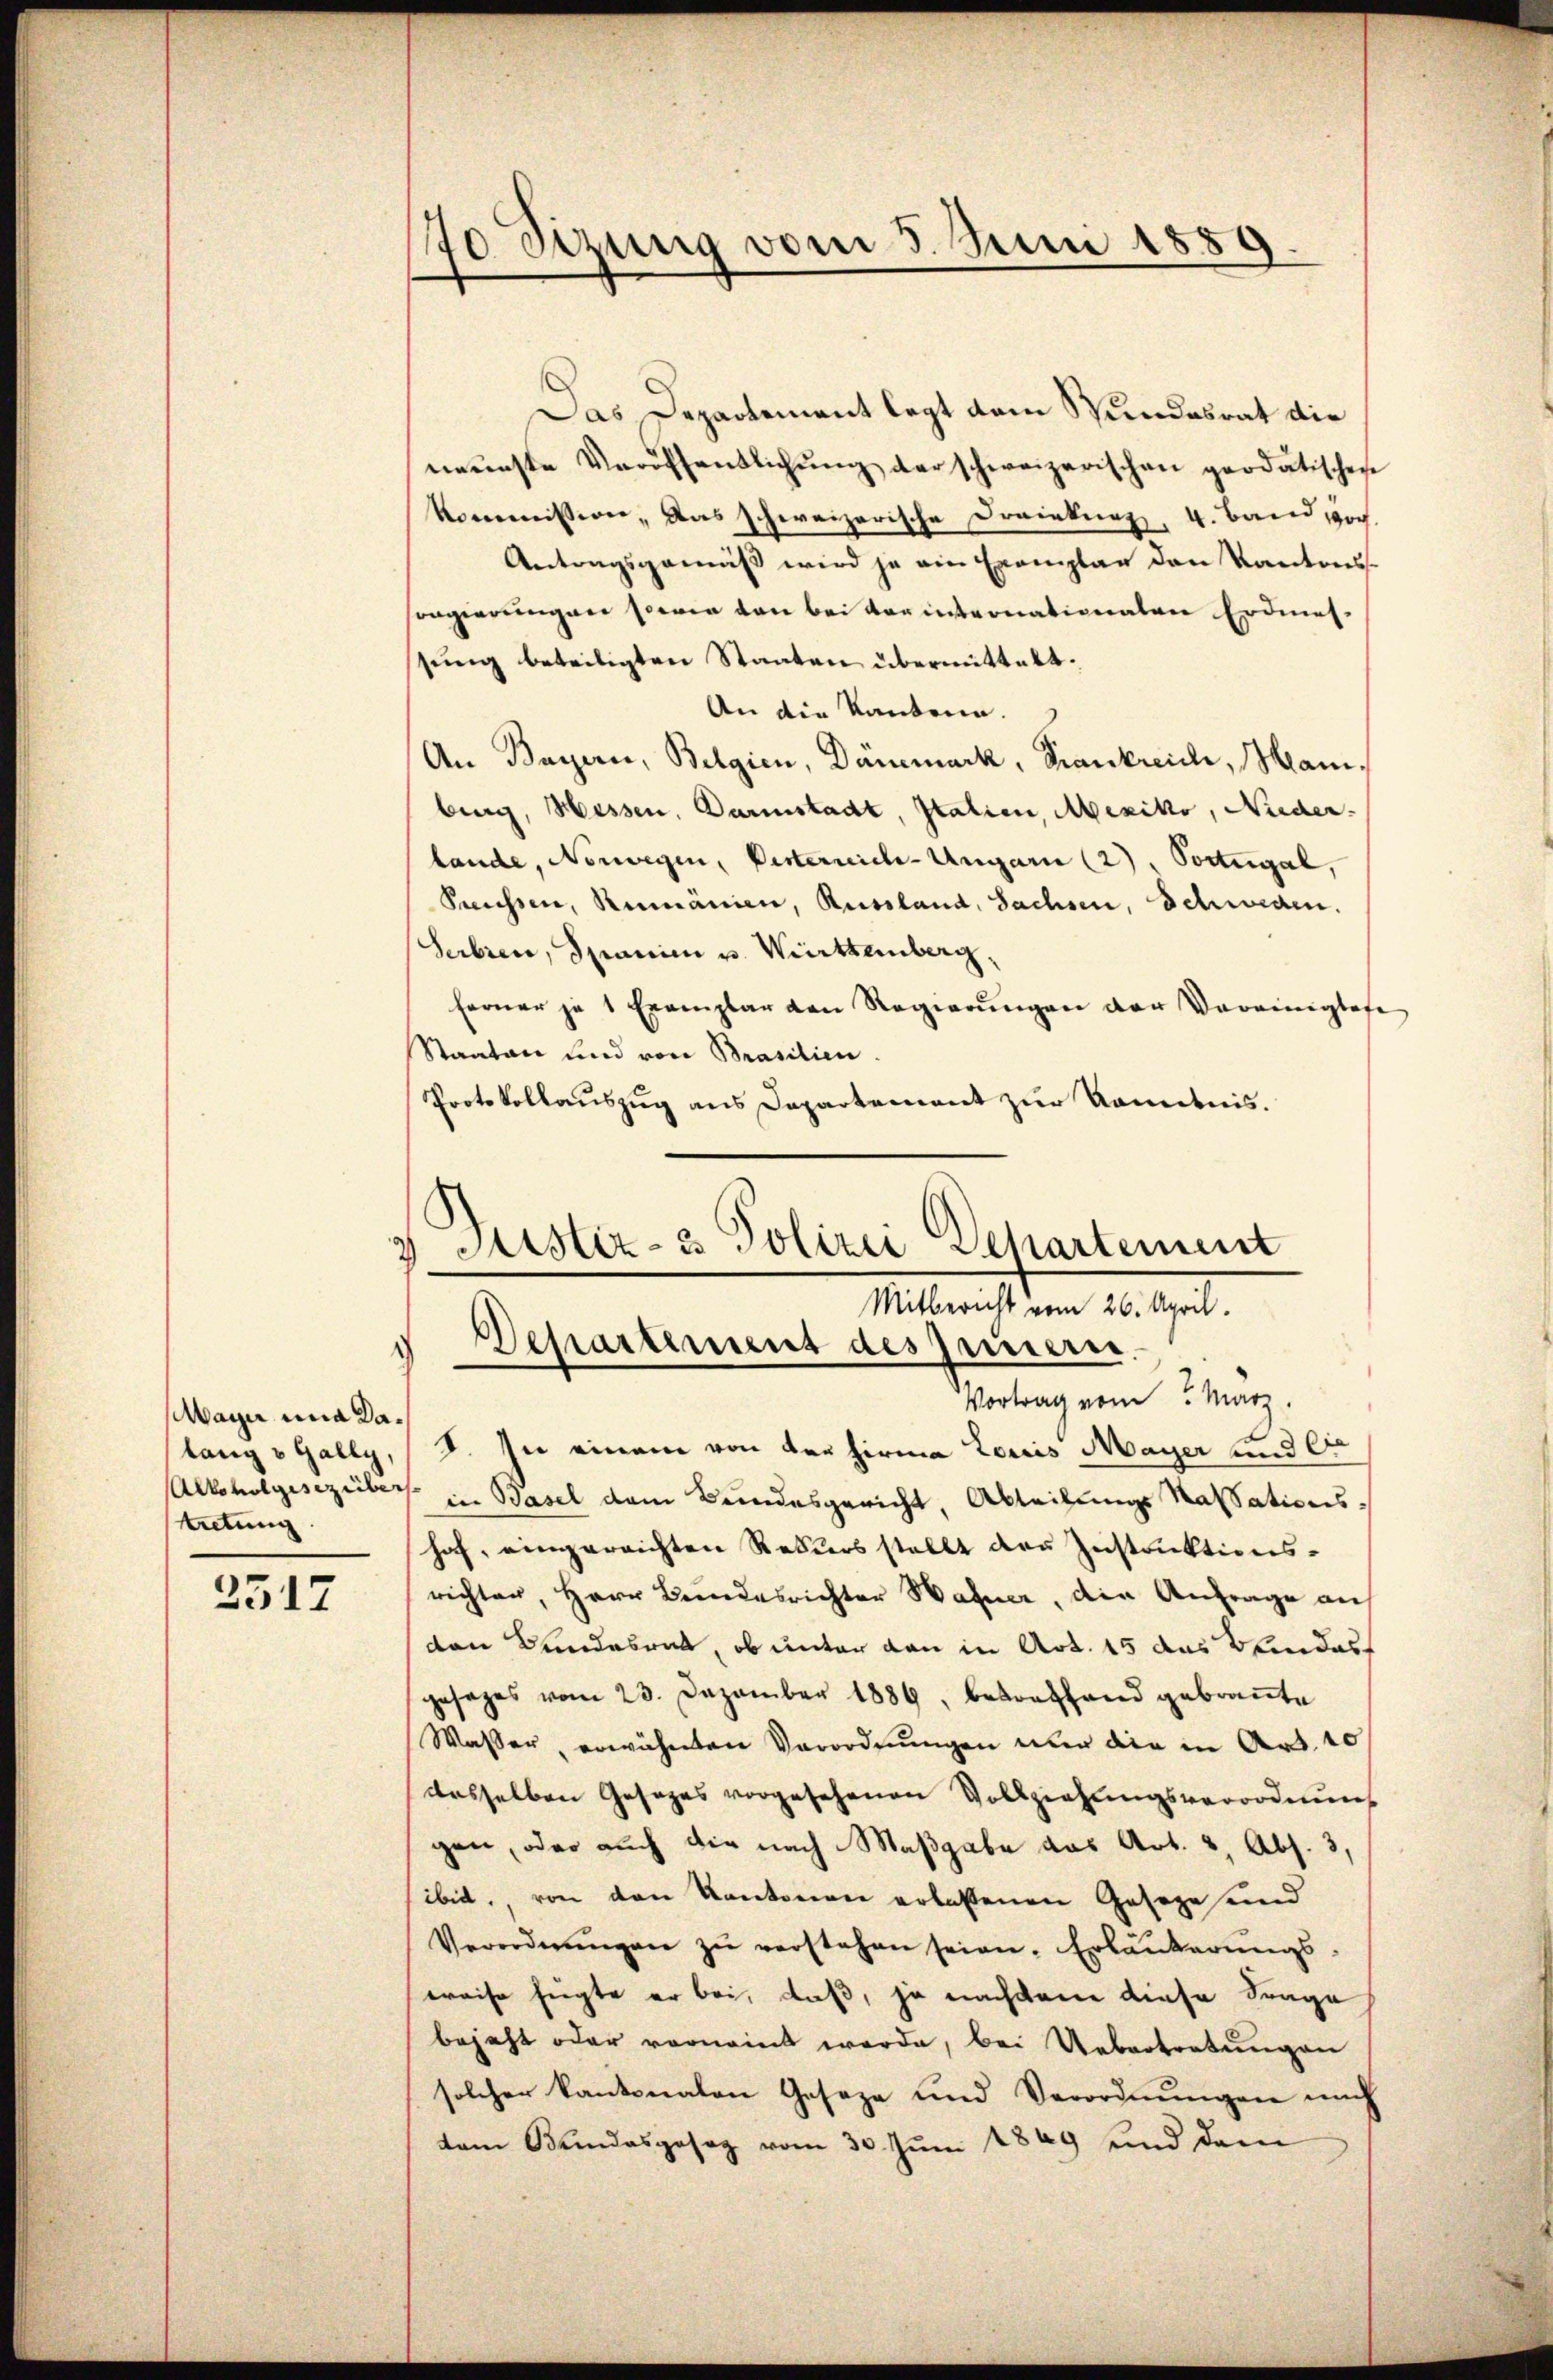
2517

70 Sizung vom 5. Juni 1889.

Mayer una Dalang v. Gally,
tretung

Das Departement legt dem Wundesrat die
neŭnste Veröffentlichŭng der schweizerischen prodatischen
Kommission, das schweizerische Dreinkung, 4. Band, doch
Antragsgemäß wird je ein Exemplar den Kantons-
sorgierungen sowie von bei verinternationalen Erdmes-
sung beteiligten Staaten übermittelt.
An die Kantone.
An Bayern, Belgien, Dänemark, Krankreichi, Manburg, Hessen. Darmstadt, Italien, Mexiko, Nieder.
lande, Norwegen, Pesterreich-Ungarn (2), Portugal,
Prenissen, Rumänien, Russland, Sachsen, Schweden.
Serbien, Spanie u. Württemberg
ferner je 1 Exemplar den Regierŭngen der Vereinigtese
Staaten und von Brasilien.
Protokollauszug aus Departement zur Kenntnis.
3 Sistiz- & Polizei Departement

Mitbericht vom 26. April.
Departement des Innern.
Vortrag vom März.

I. In einem von der Firma Louis Mayer und ei
Alkoholgeseziiber in Basel dem Bundesgericht, Abteilungs Kassations-
hof, eingereichten Rekurs stellt der Instruktionsrichter, Herr Bundesrichter Hafner, die Anfrage auf
den Bundesrat, ob unter den in Art. 15 das Weindesgesages vom 23. Dezember 1886, betreffend gebraṅte
Wasser, erwähneten Verordnungen nur die in Art. 10
dasselben Gesezes vorgesehenen Vollziehungsverordnung
gen, oder auch dir nach Maßgabe das Art. 2, Abs. 3,
ibel, von den Kantonen erlassenen Geseze und
Verordnŭngen zŭ verstehen seien. Erläŭberŭngs-
weise fügte er bei, daß, ja nachdem diese Frage
bejaht oder vornennt werde, bei Uebertretungen
solcher kantonalen Geseze und Verordnungen mich
tem Bundesgesag vom 30. Jŭni 1849 und dem